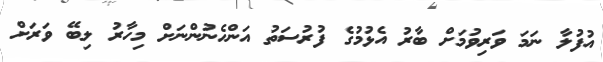
އުފުލާ ނަމަ ވަރިވުމަށް ބާރު އެޅުމުގެ ފުރުސަތު އަންހެނުންނަށް މިހާރު ލިބޭ ވަރަށް